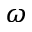
\omega